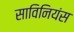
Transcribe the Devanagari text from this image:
साविनियंस